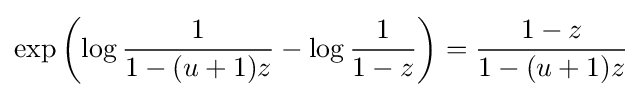
\exp \left(\log {\frac {1}{1-(u+1)z}}-\log {\frac {1}{1-z}}\right)={\frac {1-z}{1-(u+1)z}}